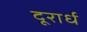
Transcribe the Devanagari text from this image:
दूरार्ध